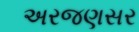
અરજણસર